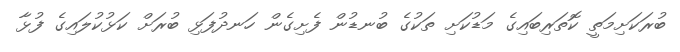
ބުރަކަށިމަތީ ކޮތަރިބައިގެ މަޑުކަށި ތަކުގެ ބުނޑުން ފެށިގެން ހަނދުފަޅި ބުރަށް ކަޅުކުލައިގެ ފުޅާ